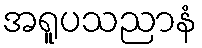
အရူပသညာနံ